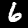
Label: 6